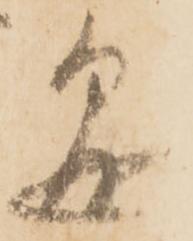
懸